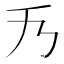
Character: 𠂍